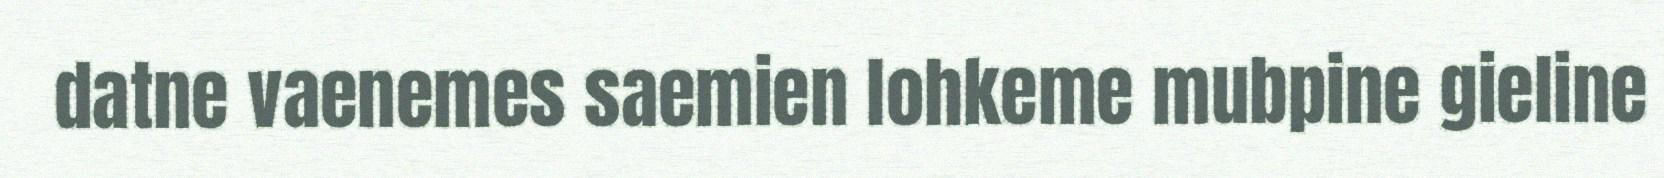
datne vaenemes saemien lohkeme mubpine gieline